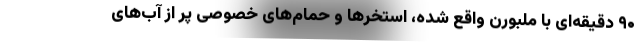
۹۰ دقیقه‌ای با ملبورن واقع شده، استخر‌ها و حمام‌های خصوصی پر از آب‌های